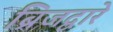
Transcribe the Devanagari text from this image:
ब्रिजद्वारे